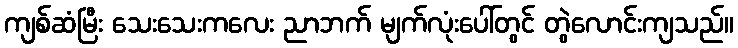
ကျစ်ဆံမြီး သေးသေးကလေး ညာဘက် မျက်လုံးပေါ်တွင် တွဲလောင်းကျသည်။